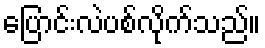
ပြောင်းလဲပစ်လိုက်သည်။